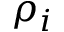
\rho _ { i }